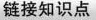
链接知识点